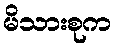
မိသားစုက